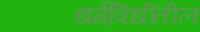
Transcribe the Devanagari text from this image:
धर्मविधींतील